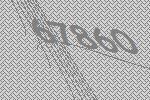
67860